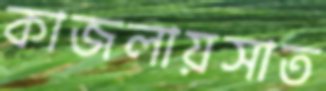
কাজলায়সাত